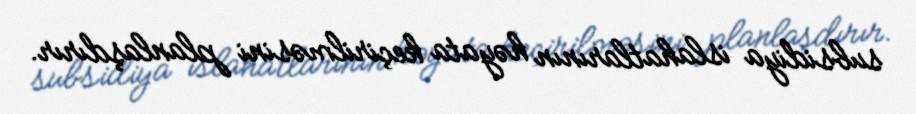
subsidiya islahatlarının həyata keçirilməsini planlaşdırır.